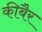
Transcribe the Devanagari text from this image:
कीबैर